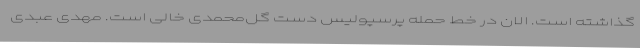
گذاشته است. الان در خط حمله پرسپولیس دست گل‌محمدی خالی است. مهدی عبدی